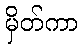
မှိတ်ကာ